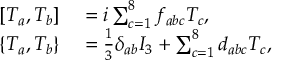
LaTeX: \begin{array} { r l } { \left[ T _ { a } , T _ { b } \right] } & { { } = i \sum _ { c = 1 } ^ { 8 } f _ { a b c } T _ { c } , } \\ { \left\{ T _ { a } , T _ { b } \right\} } & { { } = { \frac { 1 } { 3 } } \delta _ { a b } I _ { 3 } + \sum _ { c = 1 } ^ { 8 } d _ { a b c } T _ { c } , } \end{array}